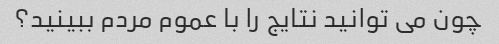
چون می توانید نتایج را با عموم مردم ببینید؟